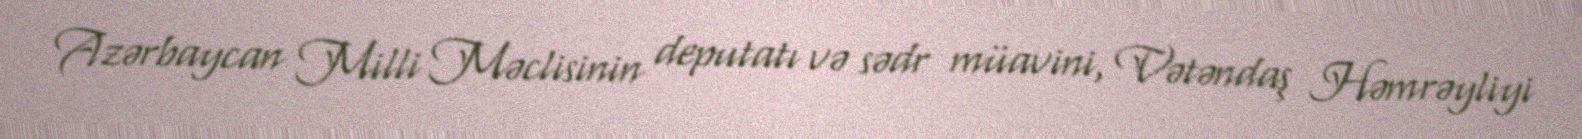
Azərbaycan Milli Məclisinin deputatı və sədr müavini, Vətəndaş Həmrəyliyi